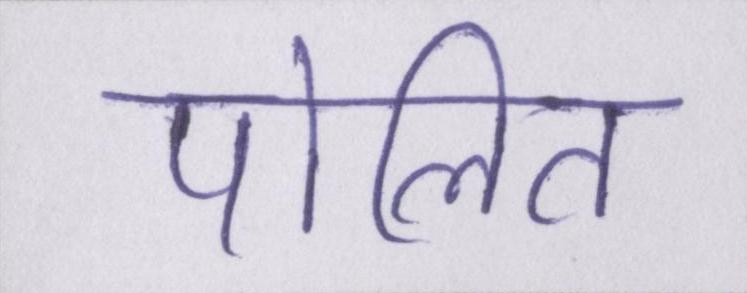
पोलित